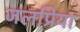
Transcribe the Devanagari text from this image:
जलप्रिया